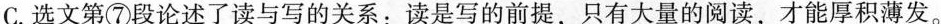
C.选文第⑦段论述了读与写的关系：读是写的前提，只有大量的阅读，才能厚积薄发。